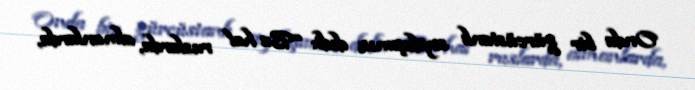
Onda bir gürcüstanlı soydaşımız dedi: “Bu hal ruslarda, almanlarda,